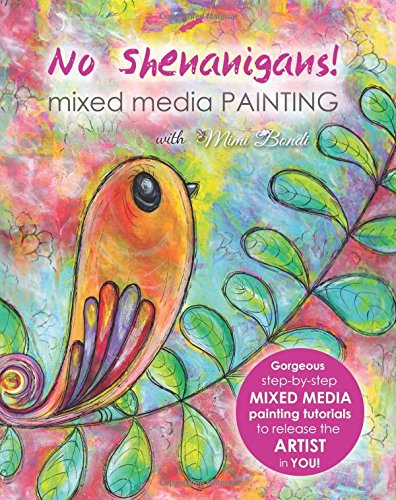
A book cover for No Shenanigans! Mixed media painting: No-nonsense tutorials from start to finish to release the artist in you!; Mimi Bondi; Arts & Photography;